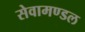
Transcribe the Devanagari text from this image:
सेवामण्डल